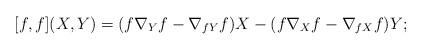
LaTeX: \begin{align*} [{f},{f}](X,Y) = ({f}\nabla_Y{f} - \nabla_{{f} Y}{f}) X - ({f}\nabla_X{f} - \nabla_{{f} X}{f}) Y;\end{align*}